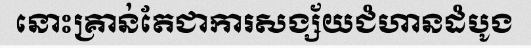
នោះគ្រាន់តែជាការសង្ស័យជំហានដំបូង